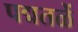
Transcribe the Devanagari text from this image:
पद्मतळें